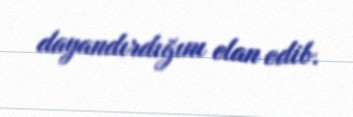
dayandırdığını elan edib.